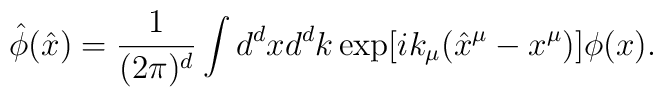
{\hat\phi}({\hat x})=\frac{1}{(2\pi)^d}\int d^dxd^dk\exp[ik_\mu({\hat x}^\mu-x^\mu)]\phi(x).